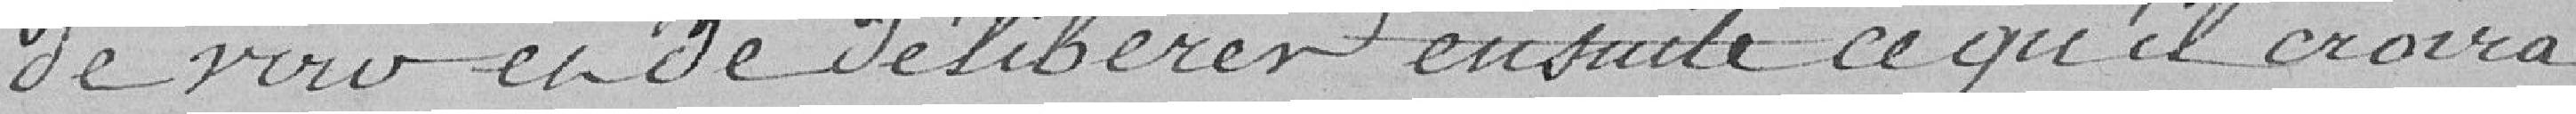
de voir et de délibérer ensuite ce qu'il croira